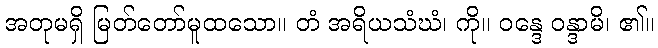
အတုမရှိ မြတ်တော်မူထသော။ တံ အရိယသံဃံ၊ ကို။ ဝန္ဒေ ဝန္ဒာမိ၊ ၏။